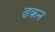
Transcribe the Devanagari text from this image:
ढकन